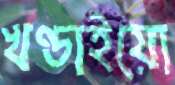
খণ্ডাইয়ো